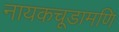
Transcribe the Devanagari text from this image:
नायकचूडामणि